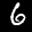
Label: 6